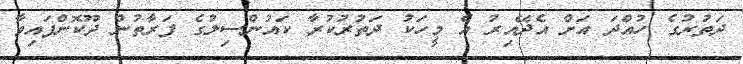
ދަތުރުގެ ހުއްދަ އަށް އެދޭއިރު އެ މީހަކު ދަތުރުކުރާ ކައުންސިލުގެ ފަރާތުން ދޫކޮށްފައިވާ